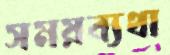
সময়ব্যথা